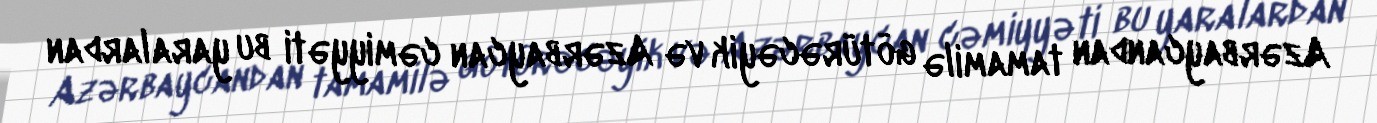
Azərbaycandan tamamilə götürəcəyik və Azərbaycan cəmiyyəti bu yaralardan